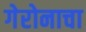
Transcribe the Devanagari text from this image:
गेरोनाचा